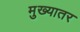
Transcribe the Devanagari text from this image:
मुख्यातर